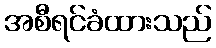
အစီရင်ခံထားသည်